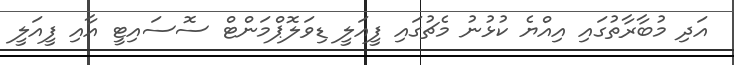
އަދި މުބާރާތުގައި އިއްޔެ ކުޅުނު މެޗުގައި ފީއަލީ ޑިވަލޮޕްމަންޓް ސޮސައިޓީ އާއި ފީއަލީ